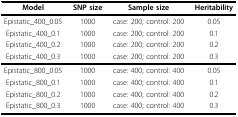
<table><thead><tr><td><b>Model</b></td><td><b>SNP size</b></td><td><b>Sample size</b></td><td><b>Heritability</b></td></tr></thead><tbody><tr><td>Epistatic_400_0.05</td><td>1000</td><td>case: 200; control: 200</td><td>0.05</td></tr><tr><td>Epistatic_400_0.1</td><td>1000</td><td>case: 200; control: 200</td><td>0.1</td></tr><tr><td>Epistatic_400_0.2</td><td>1000</td><td>case: 200; control: 200</td><td>0.2</td></tr><tr><td>Epistatic_400_0.3</td><td>1000</td><td>case: 200; control: 200</td><td>0.3</td></tr><tr><td>Epistatic_800_0.05</td><td>1000</td><td>case: 400; control: 400</td><td>0.05</td></tr><tr><td>Epistatic_800_0.1</td><td>1000</td><td>case: 400; control: 400</td><td>0.1</td></tr><tr><td>Epistatic_800_0.2</td><td>1000</td><td>case: 400; control: 400</td><td>0.2</td></tr><tr><td>Epistatic_800_0.3</td><td>1000</td><td>case: 400; control: 400</td><td>0.3</td></tr></tbody></table>